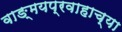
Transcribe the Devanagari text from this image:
वाङ्मयप्रवाहाच्या